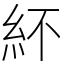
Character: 紑